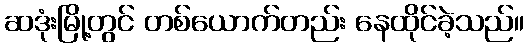
ဆဒုံးမြို့တွင် တစ်ယောက်တည်း နေထိုင်ခဲ့သည်။